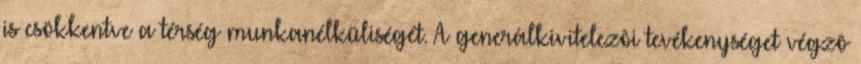
is csökkentve a térség munkanélküliségét. A generálkivitelezôi tevékenységet végzô